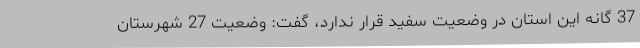
37 گانه این استان در وضعیت سفید قرار ندارد، گفت: وضعیت 27 شهرستان